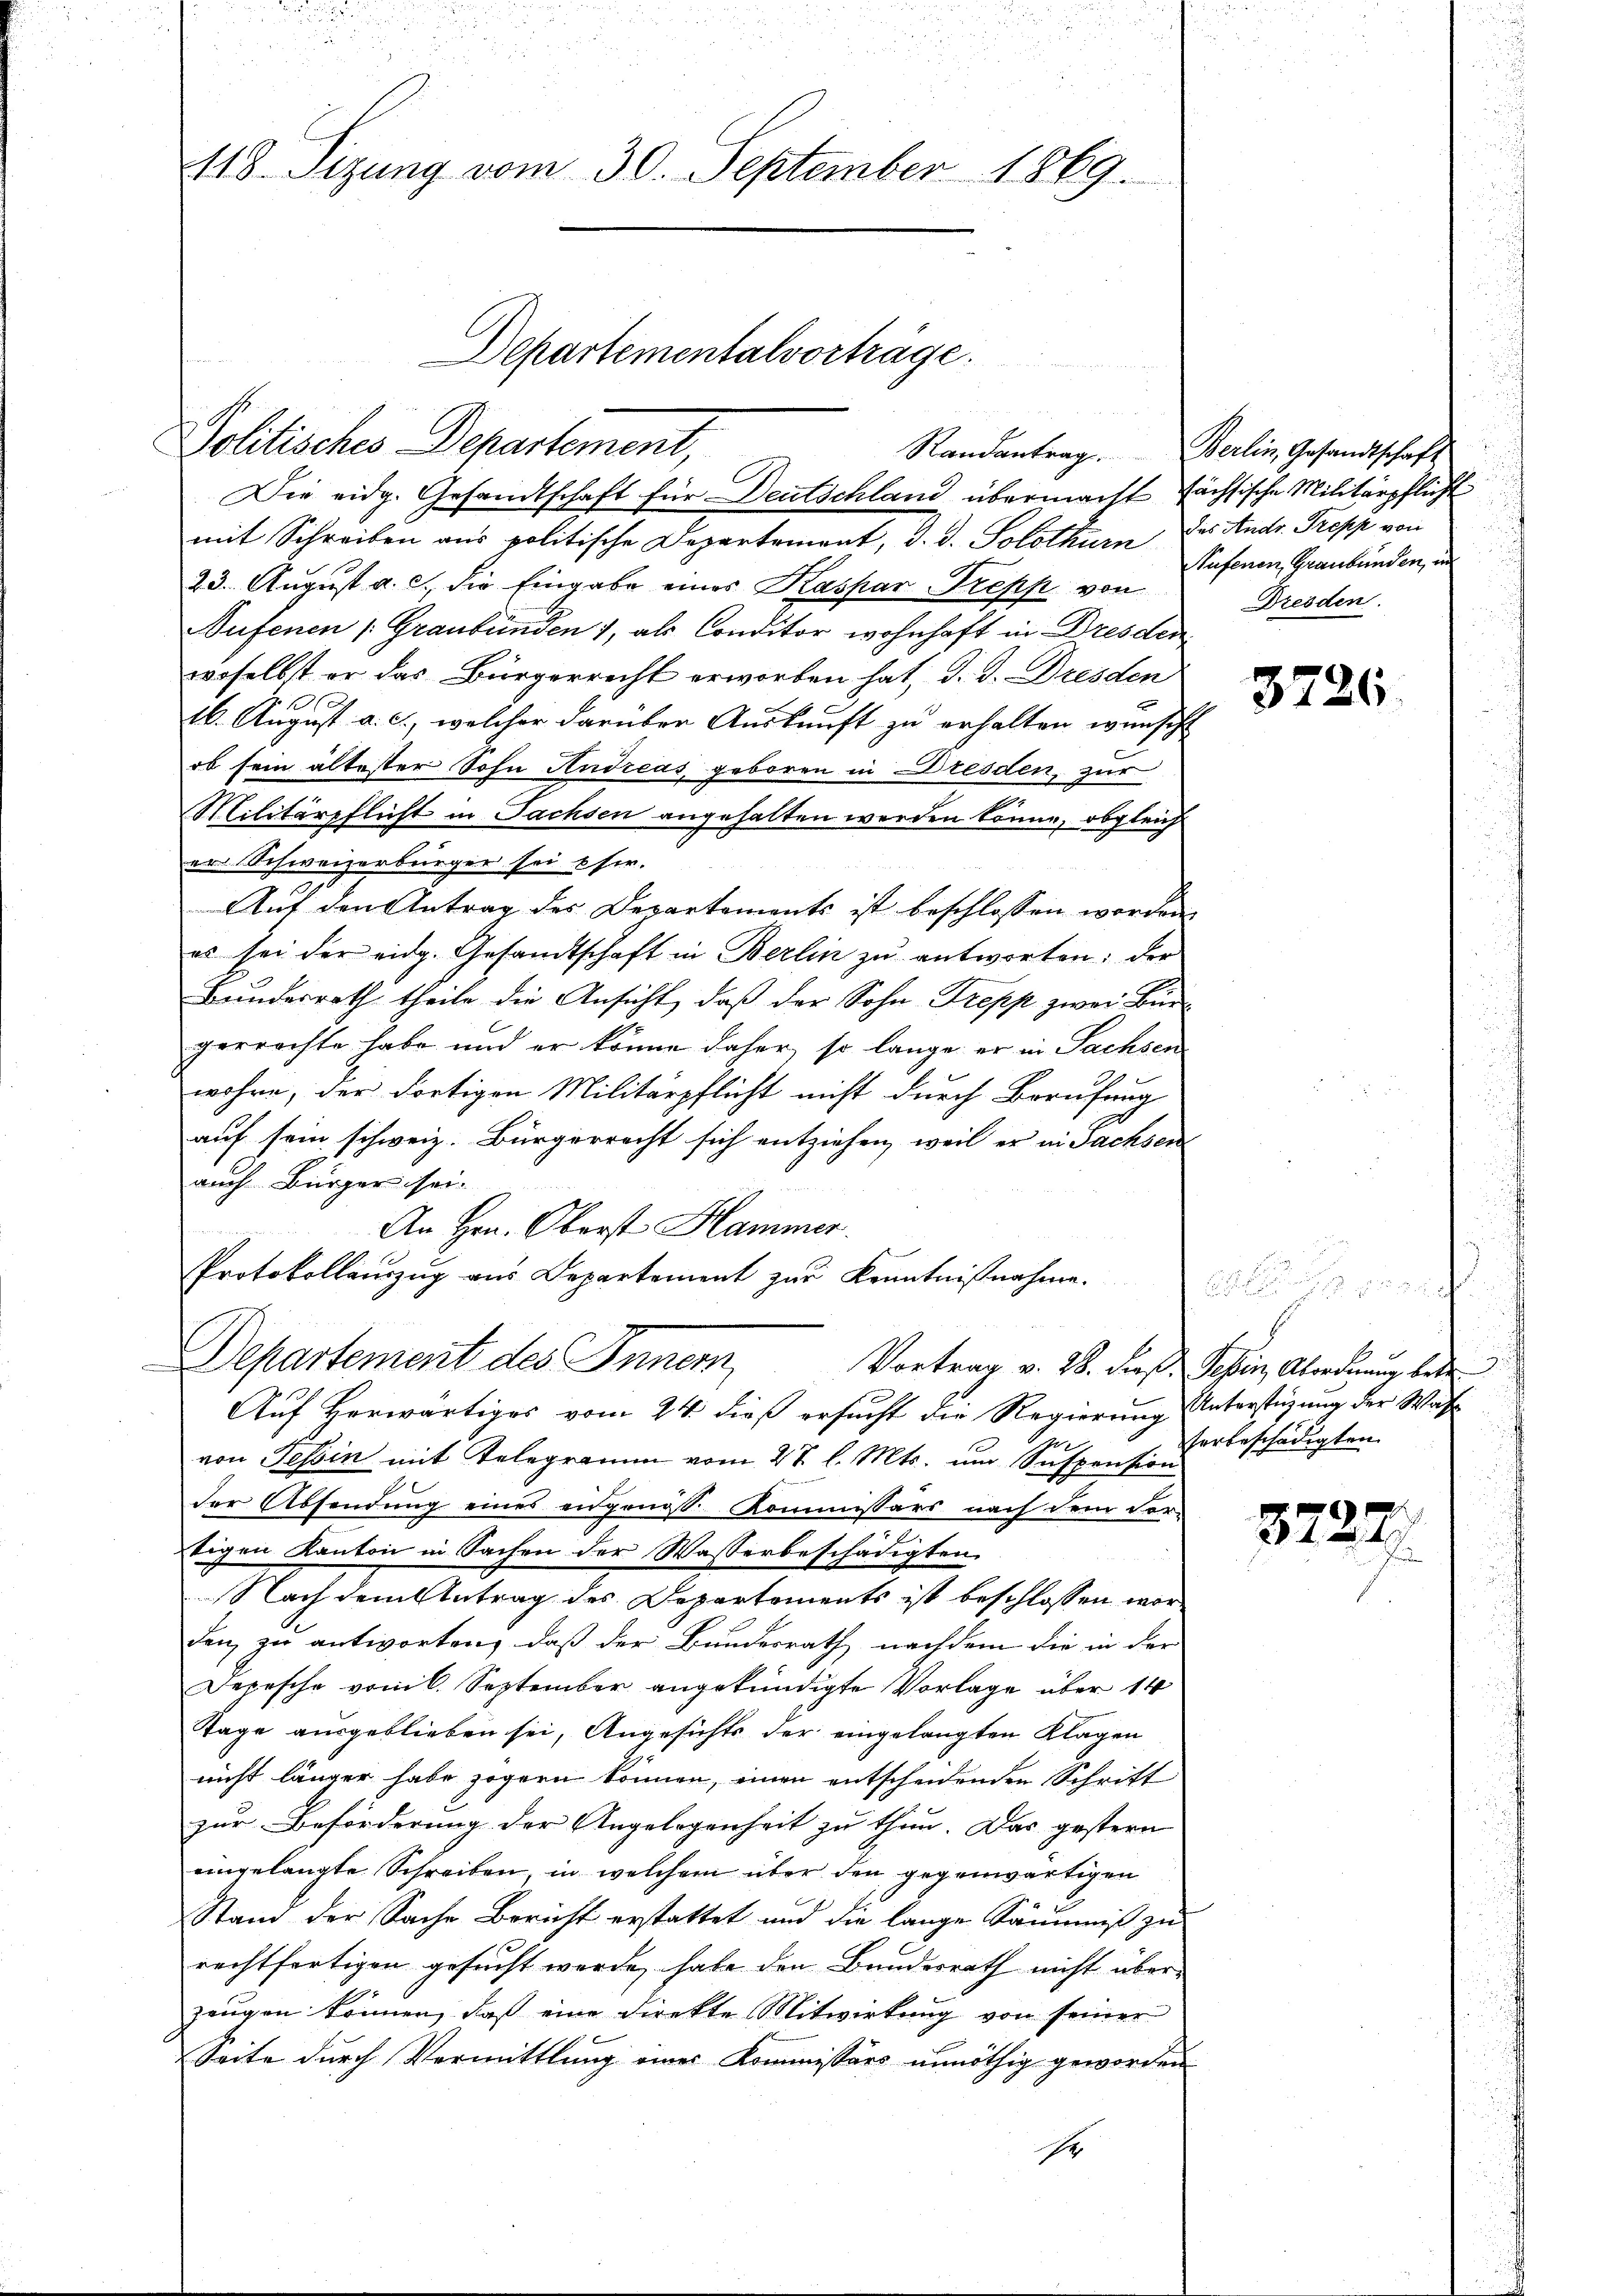
118. Sizung vom 30. September 1869.

mit Schreiben aus politische Departement, d. d. Solothurn, das Andr. Tropp von
23. August a. c., die Eingabe eines Kaspar Trepp von
Sufenen (Graubünden 1, als Conditor wohnhaft in Dresden
woselbst er das Bürgerrecht erworben hat, d. d. Dresden
16. August a. c., welcher darüber Auskunft zu erhalten wünscht
ob sein ältester Sohn Andreas geboren in Dresden, zur
Militärpflicht in Fachsen angehalten werden könne, obgleich
er Schweizerbürger sei eser.
Auf den Antrag des Departements ist beschlossen worden
es sei der eidg. Gesandtschaft in Berlin zu antworten: der
Bundesrath theile die Ansicht, daß der Sohn Trepp zwei Bürgerrechte habe und er könne daher, so lange er in Sachsen
wohre, der dortigen Militärpflicht nicht durch Berufung
auf sein schweiz. Bürgerrecht sich entziehen, weil er in Sachsen
auch Bürger sei.
An Hrn. Oberst Hammer.
Protokollauszug aus Departement zur Kenntnißnahme.
.
Departement des Inner
Vortrag v. 28. dieß. Tessin, Abordnung betr
Auf Horwärtiges vom 24. dieß ersucht die Regierung Unterstüzung der Was
von Tessin mit Telegramm vom 27 l. Mts. und Suspens der beschädigten
der Absendung eines eidgenoss. Kommissärs nach dem Vor-
tigen Kanton in Sachen der Wasserbeschädigten
Nach dem Antrag des Departements ist beschlossen worden zu antworten, daß der Bundesrath nachdem die in der
Depesche vom 6. September angekündigte Vorlage über 14
Tage ausgeblieben sei, Angesichts der eingelangten Klagen
nicht länger habe zögern können, einen entscheidenden Schrift
zur Beförderung der Angelegenheit zu thun. Das gestern
eingelangte Schreiben, in welchem über den gegenwärtigen
Stand der Sache Bericht erstattet und die lange Säumniß zu
rechtfertigen gesucht werde, habe den Bundesrath nicht überzeugen können, daß eine Direkte Mitwirkung von seiner
Seite durch Vermittlung eines Kommissärs unnöthig geworden
e

Politisches Departement,

Departementalvorträge.

Die eidg. Gesandtschaft für Deutschland übermacht sächsische Militärpflicht

Randantrag. Berlin, Gesandtschaft
Sufenen, Graubünden, in
Dresden

3726

3727.